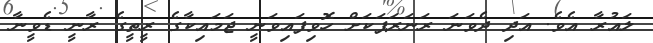
ލައުރާ އެވެ. އަދި ދެވަނަ ރަނަރަޕަކަށް ހޮވިފައިވަނީ ޖަމައިކާގެ ރީތީގެ ރާނީ ޑެވީނާ